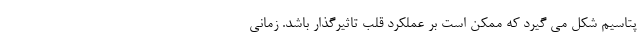
پتاسیم شکل می گیرد که ممکن است بر عملکرد قلب تاثیرگذار باشد. زمانی